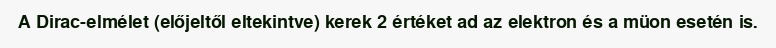
A Dirac-elmélet (előjeltől eltekintve) kerek 2 értéket ad az elektron és a müon esetén is.